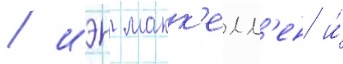
/ иэн макк'елл'ен и́